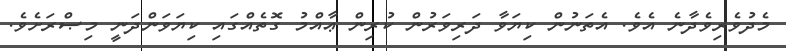
މެދުވެރިވެދާނެ އެވެ. އެތަނުން ކިޔަވާ ދަރިވަރުން ކުރިން ޢާއްމު ގޮތެއްގައި ކިޔަވަންދަނީ މިޞްރަށެވެ.